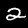
Digit: 2